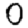
Digit: 0